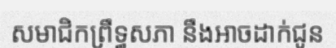
សមាជិកព្រឹទ្ធសភា នឹងអាចដាក់ជូន